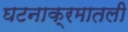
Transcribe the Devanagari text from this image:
घटनाक्रमातली